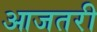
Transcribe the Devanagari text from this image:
आजतरी